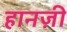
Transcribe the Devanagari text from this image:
हानज़ी